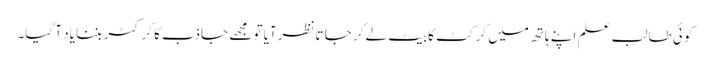
کوئی طالب علم اپنے ہاتھ میں کرکٹ کا بیٹ لے کر جا تانظرآیا تو مجھے جاذب کا کرکٹر بننا یاد آ گیا۔